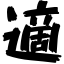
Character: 適